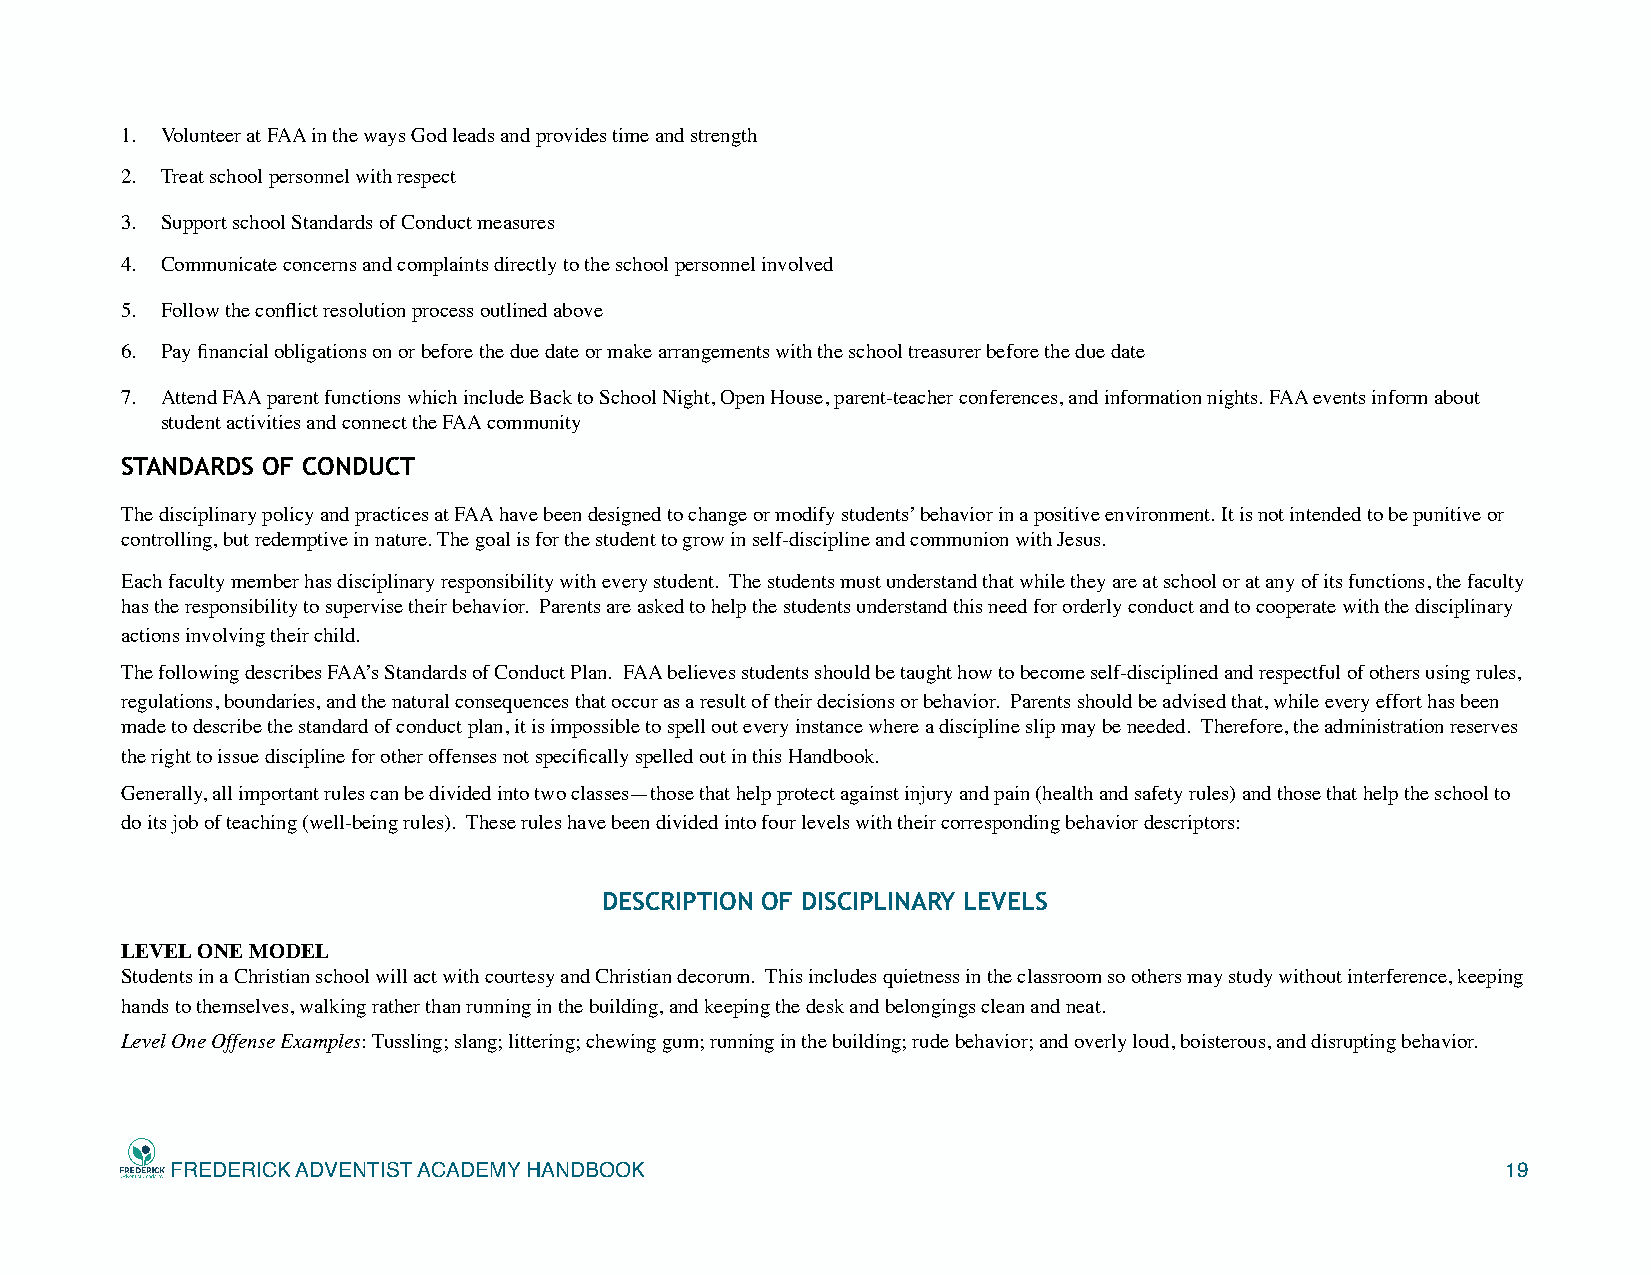
1. Volunteer at FAA in the ways God leads and provides time and strength
 2. Treat school personnel with respect
 3. Support school Standards of Conduct measures
 4. Communicate concerns and complaints directly to the school personnel involved
 5. Follow the conflict resolution process outlined above
 6. Pay financial obligations on or before the due date or make arrangements with the school treasurer before the due date
 7. Attend FAA parent functions which include Back to School Night, Open House, parent-teacher conferences, and information nights. FAA events inform about
 student activities and connect the FAA community
 STANDARDS OF CONDUCT
 The disciplinary policy and practices at FAA have been designed to change or modify students’ behavior in a positive environment. It is not intended to be punitive or
 controlling, but redemptive in nature. The goal is for the student to grow in self-discipline and communion with Jesus.
 Each faculty member has disciplinary responsibility with every student. The students must understand that while they are at school or at any of its functions, the faculty
 has the responsibility to supervise their behavior. Parents are asked to help the students understand this need for orderly conduct and to cooperate with the disciplinary
 actions involving their child.
 The following describes FAA’s Standards of Conduct Plan. FAA believes students should be taught how to become self-disciplined and respectful of others using rules,
 regulations, boundaries, and the natural consequences that occur as a result of their decisions or behavior. Parents should be advised that, while every effort has been
 made to describe the standard of conduct plan, it is impossible to spell out every instance where a discipline slip may be needed. Therefore, the administration reserves
 the right to issue discipline for other offenses not specifically spelled out in this Handbook.
 Generally, all important rules can be divided into two classes—those that help protect against injury and pain (health and safety rules) and those that help the school to
 do its job of teaching (well-being rules). These rules have been divided into four levels with their corresponding behavior descriptors:
 DESCRIPTION OF DISCIPLINARY LEVELS
 LEVEL ONE MODEL
 Students in a Christian school will act with courtesy and Christian decorum. This includes quietness in the classroom so others may study without interference, keeping
 hands to themselves, walking rather than running in the building, and keeping the desk and belongings clean and neat.
 Level One Offense Examples: Tussling; slang; littering; chewing gum; running in the building; rude behavior; and overly loud, boisterous, and disrupting behavior.
 FREDERICK ADVENTIST ACADEMY HANDBOOK                                                     19